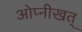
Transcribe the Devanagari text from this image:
ओप्नीखत्